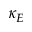
\kappa _ { E }